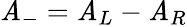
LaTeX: \mathit{A}_{-}=\mathit{A}_{L}-\mathit{A}_{R}